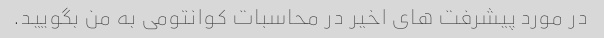
در مورد پیشرفت های اخیر در محاسبات کوانتومی به من بگویید.